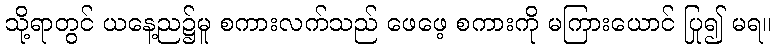
သို့ရာတွင် ယနေ့ည၌မူ စကားလက်သည် ဖေဖေ့ စကားကို မကြားယောင် ပြု၍ မရ။